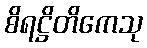
စိရဋ္ဌိတိကေသု